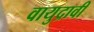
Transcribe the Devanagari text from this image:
वायुद्रावी